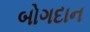
બોગદાન